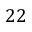
2 2